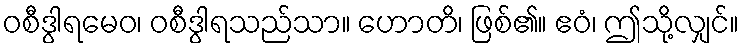
ဝစီဒွါရမေဝ၊ ဝစီဒွါရသည်သာ။ ဟောတိ၊ ဖြစ်၏။ ဧဝံ၊ ဤသို့လျှင်။